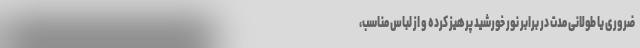
ضروری یا طولانی مدت در برابر نور خورشید پرهیز کرده و از لباس مناسب،